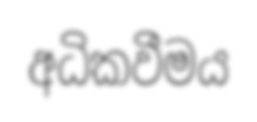
අධිකවීමය